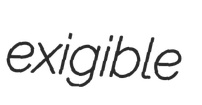
exigible